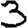
Digit: 3